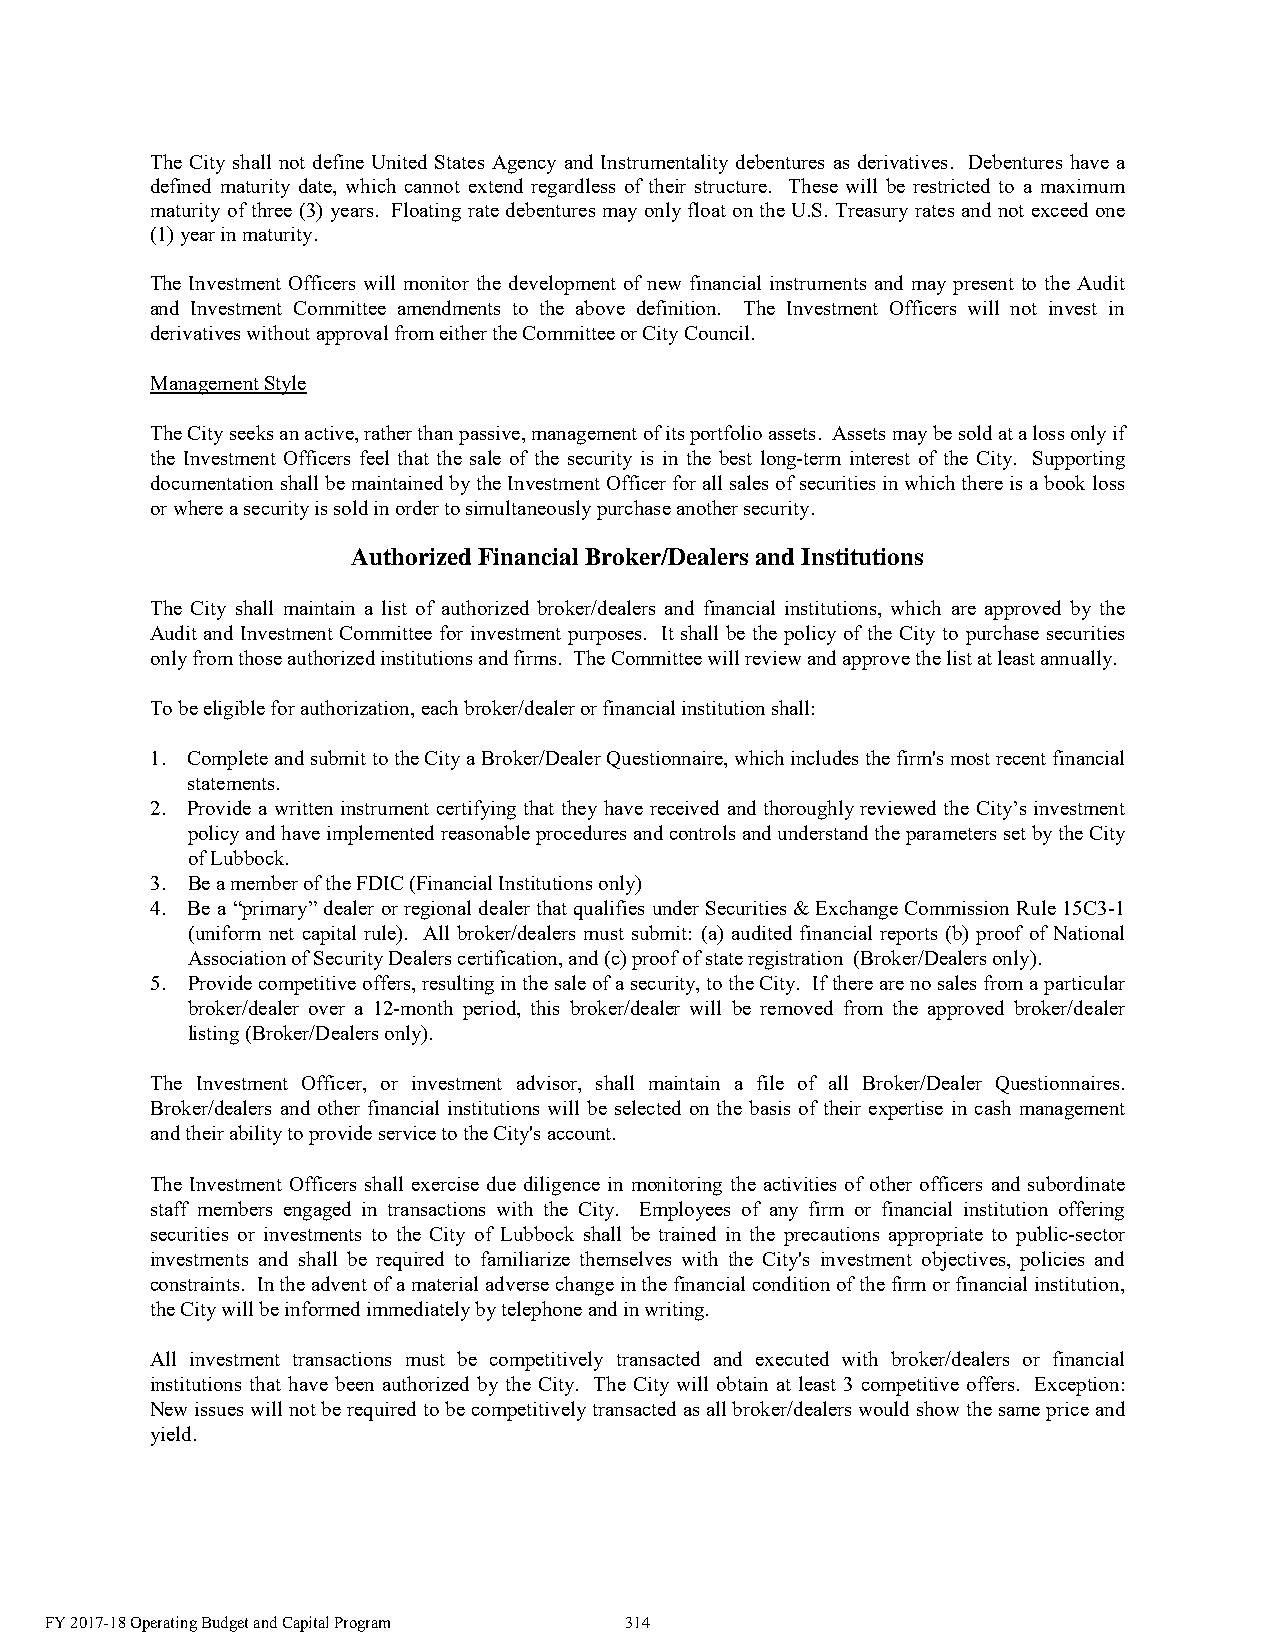
The City shall not define United States Agency and Instrumentality debentures as derivatives. Debentures have a
 defined maturity date, which cannot extend regardless of their structure. These will be restricted to a maximum
 maturity of three (3) years. Floating rate debentures may only float on the U.S. Treasury rates and not exceed one
 (1) year in maturity.
 The Investment Officers will monitor the development of new financial instruments and may present to the Audit
 and Investment Committee amendments to the above definition. The Investment Officers will not invest in
 derivatives without approval from either the Committee or City Council.
 Management Style
 The City seeks an active, rather than passive, management of its portfolio assets. Assets may be sold at a loss only if
 the Investment Officers feel that the sale of the security is in the best long-term interest of the City. Supporting
 documentation shall be maintained by the Investment Officer for all sales of securities in which there is a book loss
 or where a security is sold in order to simultaneously purchase another security.
 Authorized Financial Broker/Dealers and Institutions
 The City shall maintain a list of authorized broker/dealers and financial institutions, which are approved by the
 Audit and Investment Committee for investment purposes. It shall be the policy of the City to purchase securities
 only from those authorized institutions and firms. The Committee will review and approve the list at least annually.
 To be eligible for authorization, each broker/dealer or financial institution shall:
 1. Complete and submit to the City a Broker/Dealer Questionnaire, which includes the firm's most recent financial
 statements.
 2. Provide a written instrument certifying that they have received and thoroughly reviewed the City’s investment
 policy and have implemented reasonable procedures and controls and understand the parameters set by the City
 of Lubbock.
 3. Be a member of the FDIC (Financial Institutions only)
 4. Be a “primary” dealer or regional dealer that qualifies under Securities & Exchange Commission Rule 15C3-1
 (uniform net capital rule). All broker/dealers must submit: (a) audited financial reports (b) proof of National
 Association of Security Dealers certification, and (c) proof of state registration (Broker/Dealers only).
 5. Provide competitive offers, resulting in the sale of a security, to the City. If there are no sales from a particular
 broker/dealer over a 12-month period, this broker/dealer will be removed from the approved broker/dealer
 listing (Broker/Dealers only).
 The Investment Officer, or investment advisor, shall maintain a file of all Broker/Dealer Questionnaires.
 Broker/dealers and other financial institutions will be selected on the basis of their expertise in cash management
 and their ability to provide service to the City's account.
 The Investment Officers shall exercise due diligence in monitoring the activities of other officers and subordinate
 staff members engaged in transactions with the City. Employees of any firm or financial institution offering
 securities or investments to the City of Lubbock shall be trained in the precautions appropriate to public-sector
 investments and shall be required to familiarize themselves with the City's investment objectives, policies and
 constraints. In the advent of a material adverse change in the financial condition of the firm or financial institution,
 the City will be informed immediately by telephone and in writing.
 All investment transactions must be competitively transacted and executed with broker/dealers or financial
 institutions that have been authorized by the City. The City will obtain at least 3 competitive offers. Exception:
 New issues will not be required to be competitively transacted as all broker/dealers would show the same price and
 yield.
 FY 2017-18 Operating Budget and Capital Program 314